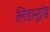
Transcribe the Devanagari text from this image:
लिंडस्ट्रांड